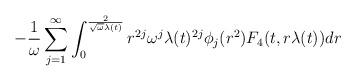
LaTeX: \begin{align*} -\frac{1}{\omega} \sum_{j=1}^{\infty} \int_{0}^{\frac{2}{\sqrt{\omega} \lambda(t)}} r^{2j} \omega ^{j} \lambda(t)^{2j} \phi_{j}(r^{2}) F_{4}(t,r\lambda(t)) dr\end{align*}